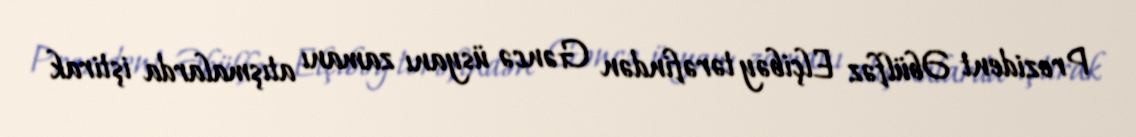
Prezident Əbülfəz Elçibəy tərəfindən Gəncə üsyanı zamanı atışmalarda iştirak